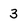
Character: 3